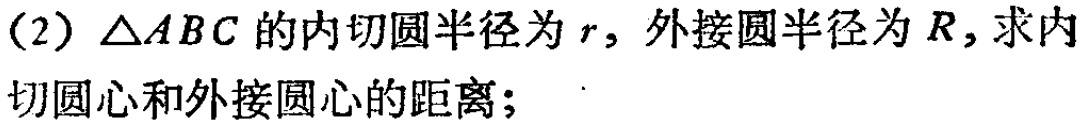
(2) \(\triangle ABC\) 的内切圆半径为 \(r\)，外接圆半径为 \(R\)，求内切圆心和外接圆心的距离；